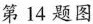
第14题图